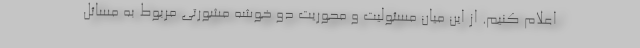
اعلام کنیم. از این میان مسئولیت و محوریت دو خوشه مشورتی مربوط به مسائل